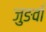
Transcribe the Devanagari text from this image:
जुङवाँ